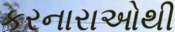
કરનારાઓથી